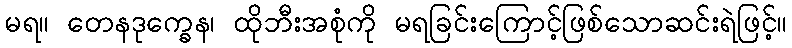
မရ။ တေနဒုက္ခေန၊ ထိုဘီးအစုံကို မရခြင်းကြောင့်ဖြစ်သောဆင်းရဲဖြင့်။